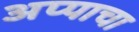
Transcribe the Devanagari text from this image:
अप्पाचा